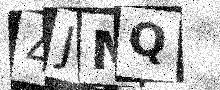
Text: 4JMQ